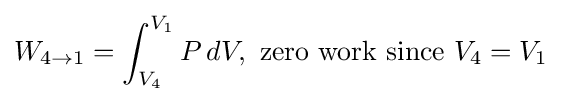
W_{4\to 1}=\int _{V_{4}}^{V_{1}}P\,dV,\,\,{\text{zero work since }}V_{4}=V_{1}